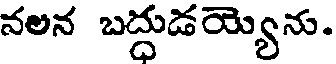
నలన బద్దుడయ్యెను.